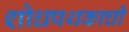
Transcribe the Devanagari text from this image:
शोधपथकाची